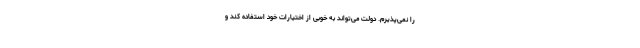
را نمی‌پذیرم. دولت می‌تواند به خوبی از اختیارات خود استفاده کند و